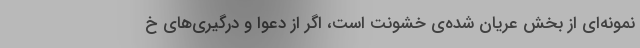
نمونه‌ای از بخش عریان شده‌ی خشونت است، اگر از دعوا و درگیری‌های خ